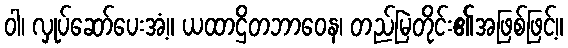
ဝါ၊ လှုပ်ဆော်ပေးအံ့။ ယထာဌိတဘာဝေန၊ တည်မြဲတိုင်း၏အဖြစ်ဖြင့်။